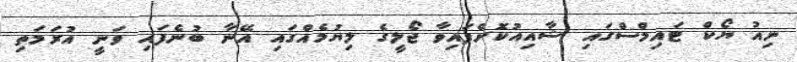
ނިއު ޔޯކް ޓައިމްސްގައި ޝާއިއުކޮށްފައިވާ ޖޯލީގެ ލިޔުމެއްގައި އޭނާ ބުނެފައި ވަނީ އުރަމަތި